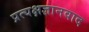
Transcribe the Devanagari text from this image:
प्रत्यक्षज्ञानवाद